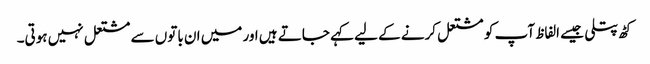
کٹھ پتلی جیسے الفاظ آپ کو مشتعل کرنے کے لیے کہے جاتے ہیں اور میں ان باتوں سے مشتعل نہیں ہوتی۔